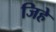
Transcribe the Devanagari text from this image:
जिहे